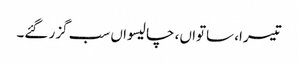
تیسرا، ساتواں، چالیسواں سب گزر گئے۔